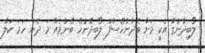
ލޯބިދާނުގާ އެކީ މަށާ ވެދާނުހޭސާފު ލޯބިދޭނުހޭ ބޭނުމެއް މަ ދެން ހަމަ ކަލާ